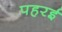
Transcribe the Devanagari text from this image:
पहरई